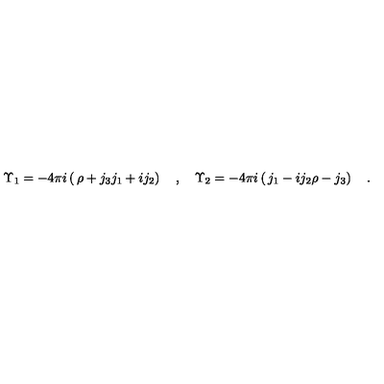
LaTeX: \Upsilon _ { 1 } = - 4 \pi i \left( \begin{matrix} { \rho + j _ { 3 } } \\ { j _ { 1 } + i j _ { 2 } } \\ \end{matrix} \right) \quad , \quad \Upsilon _ { 2 } = - 4 \pi i \left( \begin{matrix} { j _ { 1 } - i j _ { 2 } } \\ { \rho - j _ { 3 } } \\ \end{matrix} \right) \quad .